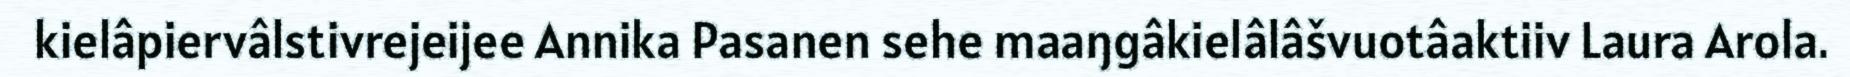
kielâpiervâlstivrejeijee Annika Pasanen sehe maaŋgâkielâlâšvuotâaktiiv Laura Arola.